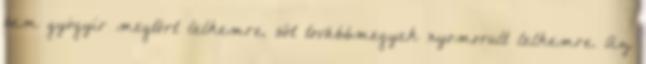
sem gyógyír megtört lelkemre, sőt továbbmegyek nyomorult lelkemre. Az